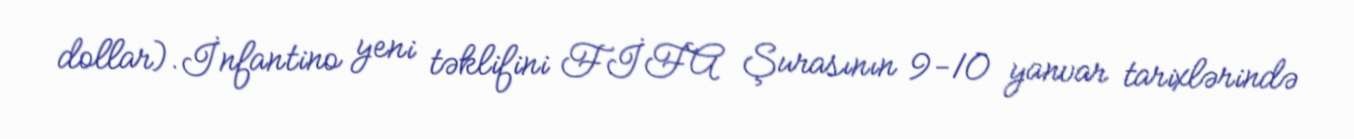
dollar).İnfantino yeni təklifini FİFA Şurasının 9-10 yanvar tarixlərində